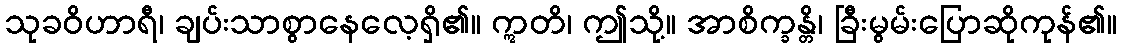
သုခဝိဟာရီ၊ ချပ်းသာစွာနေလေ့ရှိ၏။ ဣတိ၊ ဤသို့။ အာစိက္ခန္တိ၊ ခြီးမွမ်းပြောဆိုကုန်၏။